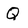
Character: Q